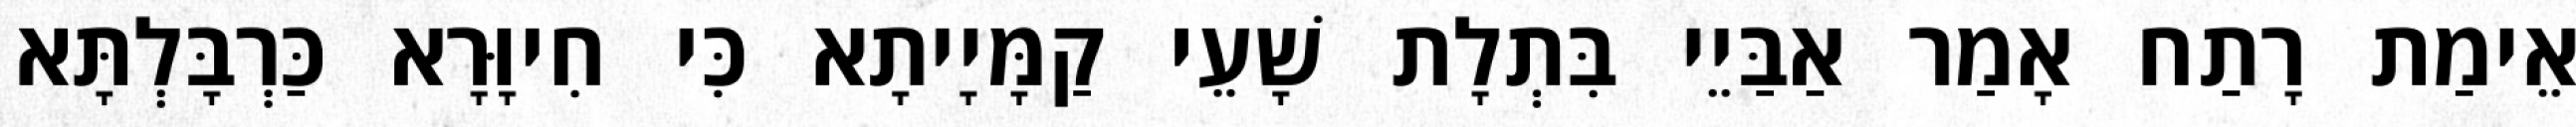
אֵימַת רָתַח אָמַר אַבַּיֵי בִּתְלָת שָׁעֵי קַמָּיָיתָא כִּי חִיוָּרָא כַּרְבָּלְתָּא